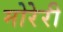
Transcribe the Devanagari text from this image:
मोरेरी